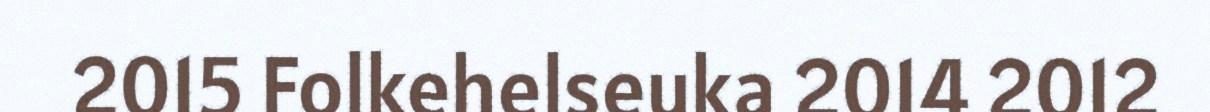
2015 Folkehelseuka 2014 2012